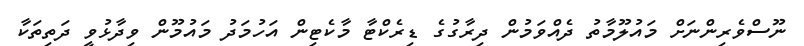
ނޫސްވެރިންނަށް މައުލޫމާތު ދެއްވަމުން ދިރާގުގެ ޑިރެކްޓާ މާކެޓިން އަހުމަދު މައުމޫން ވިދާޅުވީ ދަތިތަކާ